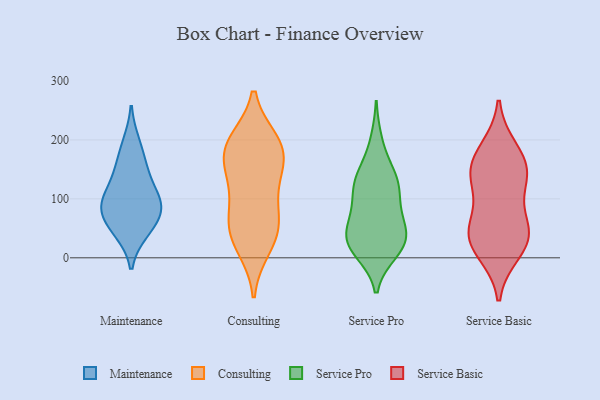
{"axis": {"x": "Latency (ms)", "y": "Value"}, "legend": ["Consulting", "Maintenance", "Service Basic", "Service Pro"], "data": [{"x": "", "y": 80, "type": "Maintenance"}, {"x": "", "y": 110, "type": "Maintenance"}, {"x": "", "y": 99, "type": "Maintenance"}, {"x": "", "y": 44, "type": "Maintenance"}, {"x": "", "y": 195, "type": "Maintenance"}, {"x": "", "y": 159, "type": "Maintenance"}, {"x": "", "y": 141, "type": "Maintenance"}, {"x": "", "y": 87, "type": "Maintenance"}, {"x": "", "y": 78, "type": "Maintenance"}, {"x": "", "y": 48, "type": "Maintenance"}, {"x": "", "y": 166, "type": "Consulting"}, {"x": "", "y": 62, "type": "Consulting"}, {"x": "", "y": 181, "type": "Consulting"}, {"x": "", "y": 47, "type": "Consulting"}, {"x": "", "y": 37, "type": "Consulting"}, {"x": "", "y": 122, "type": "Consulting"}, {"x": "", "y": 77, "type": "Consulting"}, {"x": "", "y": 135, "type": "Consulting"}, {"x": "", "y": 190, "type": "Consulting"}, {"x": "", "y": 196, "type": "Consulting"}, {"x": "", "y": 188, "type": "Consulting"}, {"x": "", "y": 19, "type": "Consulting"}, {"x": "", "y": 25, "type": "Service Pro"}, {"x": "", "y": 23, "type": "Service Pro"}, {"x": "", "y": 32, "type": "Service Pro"}, {"x": "", "y": 10, "type": "Service Pro"}, {"x": "", "y": 92, "type": "Service Pro"}, {"x": "", "y": 149, "type": "Service Pro"}, {"x": "", "y": 72, "type": "Service Pro"}, {"x": "", "y": 13, "type": "Service Pro"}, {"x": "", "y": 46, "type": "Service Pro"}, {"x": "", "y": 119, "type": "Service Pro"}, {"x": "", "y": 133, "type": "Service Pro"}, {"x": "", "y": 38, "type": "Service Pro"}, {"x": "", "y": 115, "type": "Service Pro"}, {"x": "", "y": 131, "type": "Service Pro"}, {"x": "", "y": 197, "type": "Service Pro"}, {"x": "", "y": 60, "type": "Service Pro"}, {"x": "", "y": 162, "type": "Service Basic"}, {"x": "", "y": 146, "type": "Service Basic"}, {"x": "", "y": 40, "type": "Service Basic"}, {"x": "", "y": 138, "type": "Service Basic"}, {"x": "", "y": 40, "type": "Service Basic"}, {"x": "", "y": 53, "type": "Service Basic"}, {"x": "", "y": 12, "type": "Service Basic"}, {"x": "", "y": 182, "type": "Service Basic"}, {"x": "", "y": 34, "type": "Service Basic"}, {"x": "", "y": 125, "type": "Service Basic"}]}